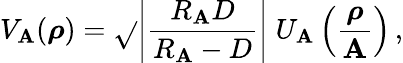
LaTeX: V_{\mathbf{A}}(\boldsymbol\rho)=\sqrt{}{{\left|\frac{{R_{\mathbf{A}}D}}{{R_{\mathbf{A}}-D}}\right|}}\; U_{\mathbf{A}}\left({\frac{{\boldsymbol\rho}}{{\mathbf{A}}}}\right)\, ,